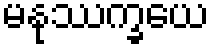
မနုဿက္ခယေ